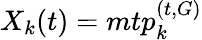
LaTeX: X_{k}(t)=mtp_{k}^{(t,G)}